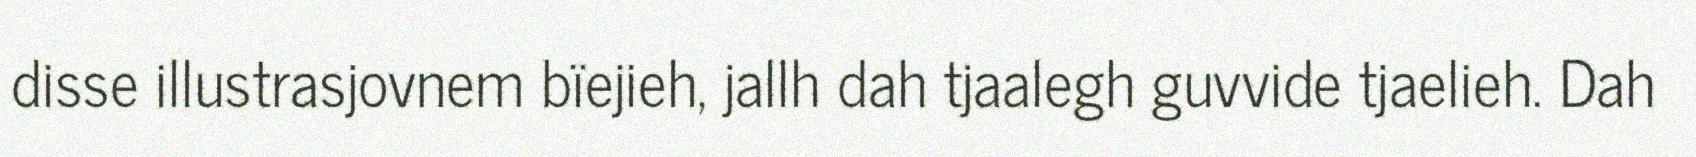
disse illustrasjovnem bïejieh, jallh dah tjaalegh guvvide tjaelieh. Dah